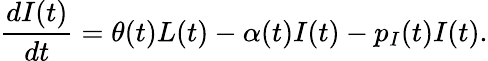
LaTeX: \frac{dI(t)}{dt}=\theta(t)L(t)-\alpha(t)I(t)-p_{I}(t)I(t).